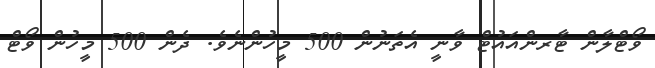
ވޯޓްލާން ޓާރންއައުޓް ވާނީ އެތަނުން 500 މީހުންނެވެ. ދެން 500 މީހުން ވޯޓް